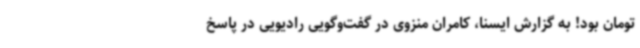
تومان بود! به گزارش ایسنا، کامران منزوی در گفت‌وگویی رادیویی در پاسخ